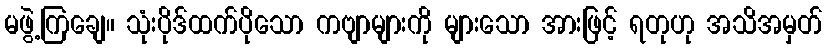
မဖွဲ့ကြချေ။ သုံးပိုဒ်ထက်ပိုသော ကဗျာများကို များသော အားဖြင့် ရတုဟု အသိအမှတ်